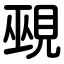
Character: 覡